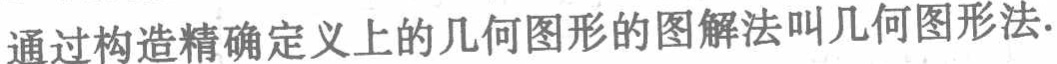
通过构造精确定义上的几何图形的图解法叫几何图形法.